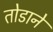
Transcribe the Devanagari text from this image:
तोडाने